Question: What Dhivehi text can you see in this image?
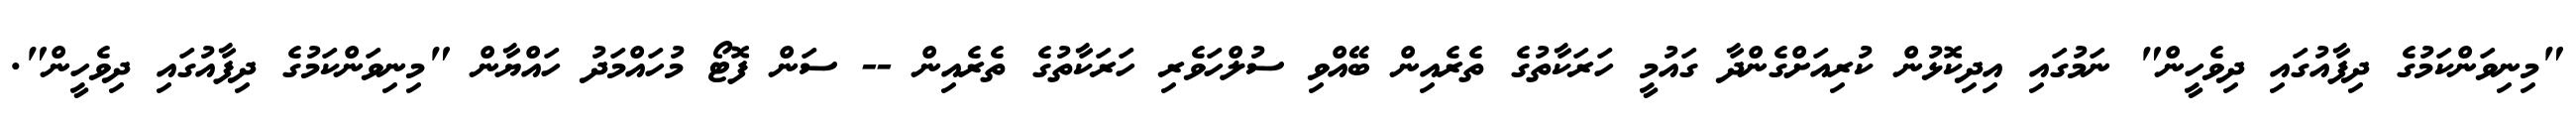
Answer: "މިނިވަންކަމުގެ ދިފާއުގައި ދިވެހީން" ނަމުގައި އިދިކޮޅުން ކުރިއަށްގެންދާ ގައުމީ ހަރަކާތުގެ ތެރެއިން ބޭއްވި ސުލްހަވެރި ހަރަކާތުގެ ތެރެއިން -- ސަން ފޮޓޯ މުހައްމަދު ހައްޔާން "މިނިވަންކަމުގެ ދިފާއުގައި ދިވެހީން".